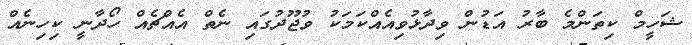
ޝަހީމް ކިތަންމެ ބާރު އަޑުން ވިދާޅުވިއެއްކަމަކު ވުޖޫދުގައި ނެތް އެއްޗެއް ހޯދާނީ ކިހިނެއް